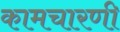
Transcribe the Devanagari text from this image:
कामचारणी